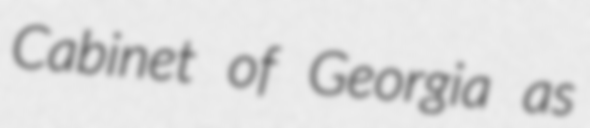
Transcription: Cabinet of Georgia as